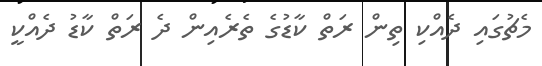
މެޗުގައި ދެއްކި ތިން ރަތް ކާޑުގެ ތެރެއިން ދެ ރަތް ކާޑު ދެއްކީ